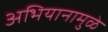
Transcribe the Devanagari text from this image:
अभियानामुळे